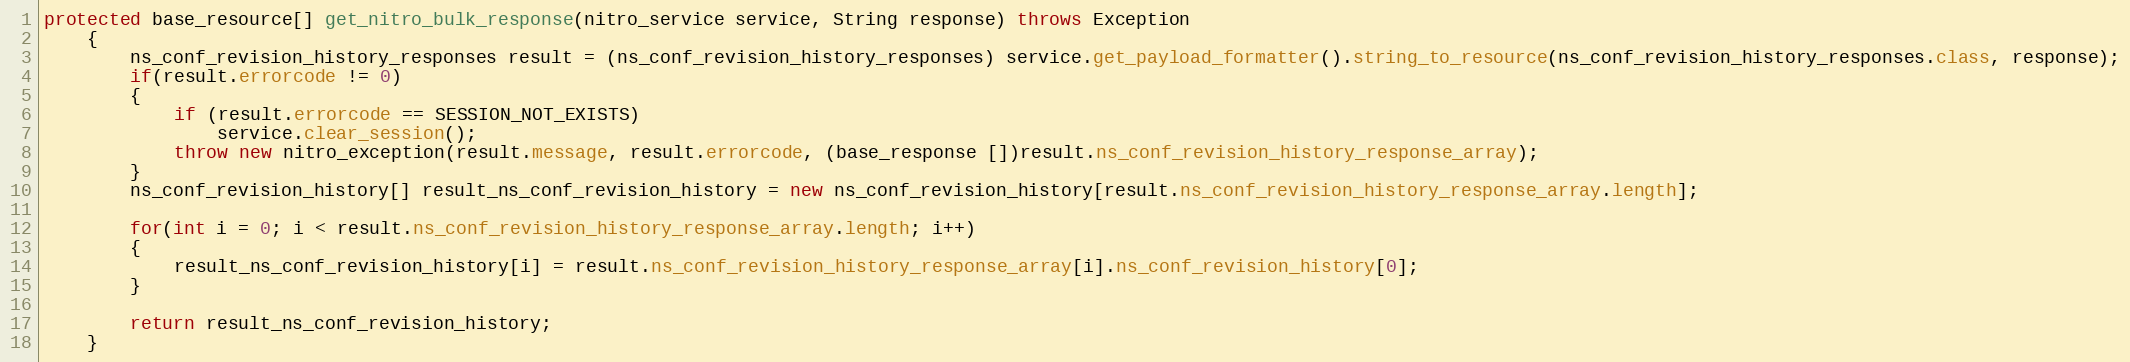
Language: Java
protected base_resource[] get_nitro_bulk_response(nitro_service service, String response) throws Exception
	{
		ns_conf_revision_history_responses result = (ns_conf_revision_history_responses) service.get_payload_formatter().string_to_resource(ns_conf_revision_history_responses.class, response);
		if(result.errorcode != 0)
		{
			if (result.errorcode == SESSION_NOT_EXISTS)
				service.clear_session();
			throw new nitro_exception(result.message, result.errorcode, (base_response [])result.ns_conf_revision_history_response_array);
		}
		ns_conf_revision_history[] result_ns_conf_revision_history = new ns_conf_revision_history[result.ns_conf_revision_history_response_array.length];

		for(int i = 0; i < result.ns_conf_revision_history_response_array.length; i++)
		{
			result_ns_conf_revision_history[i] = result.ns_conf_revision_history_response_array[i].ns_conf_revision_history[0];
		}

		return result_ns_conf_revision_history;
	}